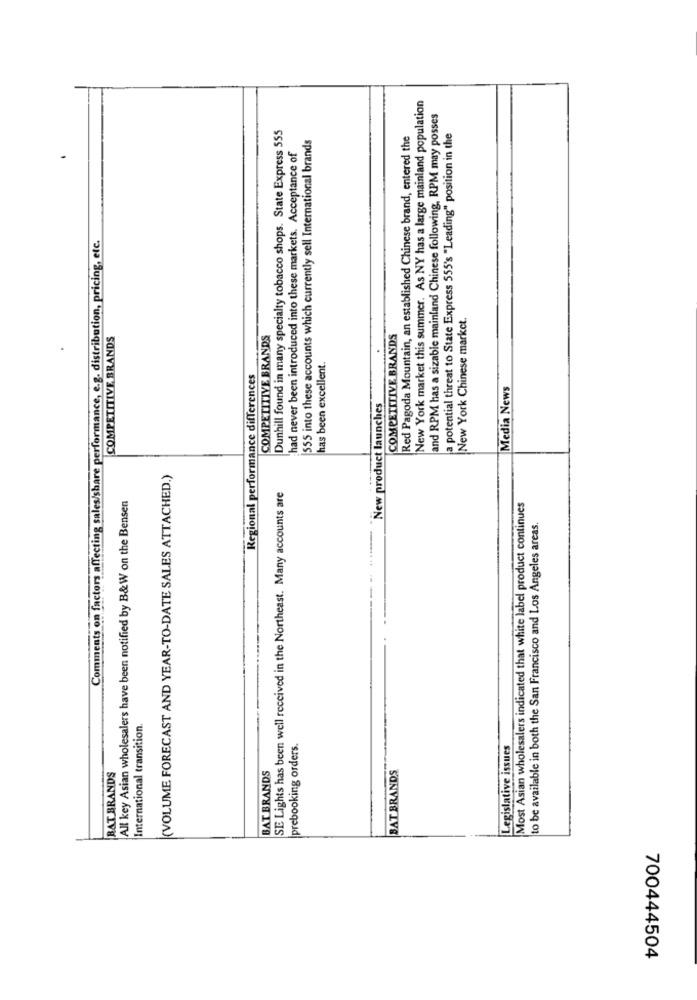
New York market this summer. As NY has a large mainland population
and RPM has a sizable mainland Chinese following, RPM may posses
Dunhill found in many specialty tobacco shops. State Express 555
555 into these accounts which currently sell International brands
Red Pagoda Mountain, an established Chinese brand, entered the
a potential threat to State Express 555's "Leading" position in the
had never been introduced into these markets. Acceptance of
Comments on factors affecting sales/share performance, e.g. distribution, pricing, etc.
New York Chinese market.
COMPETITIVE BRANDS
COMPETITIVE BRANDS
COMPETITIVE BRANDS
has been excellent.
Regional performance differences
Media News
New product launches
(VOLUME FORECAST AND YEAR-TO-DATE SALES ATTACHED.)
SE Lights has been well received in the Northeast. Many accounts are
All key Asian wholesalers have been notified by B&W on the Bensen
Most Asian wholesalers indicated that white label product continues
to be available in both the San Francisco and Los Angeles areas.
International transition.
prebooking orders.
Legislative issues
BAT BRANDS
BAT BRANDS
RAT BRANDS
700444504